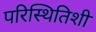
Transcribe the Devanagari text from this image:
परिस्थितिशी